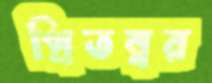
প্রিতম্বর